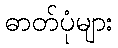
ဓာတ်ပုံများ